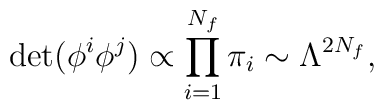
\det (\phi^i\phi^j) \propto \prod_{i=1}^{N_f}\pi_i \sim \Lambda^{2N_f},